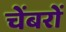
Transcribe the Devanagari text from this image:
चेंबरों